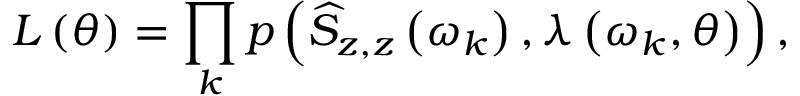
L \left( \boldsymbol { \theta } \right) = \prod _ { k } p \left( \widehat { S } _ { z , z } \left( \omega _ { k } \right) , \lambda \left( \omega _ { k } , \boldsymbol { \theta } \right) \right) ,